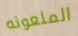
الملعونه